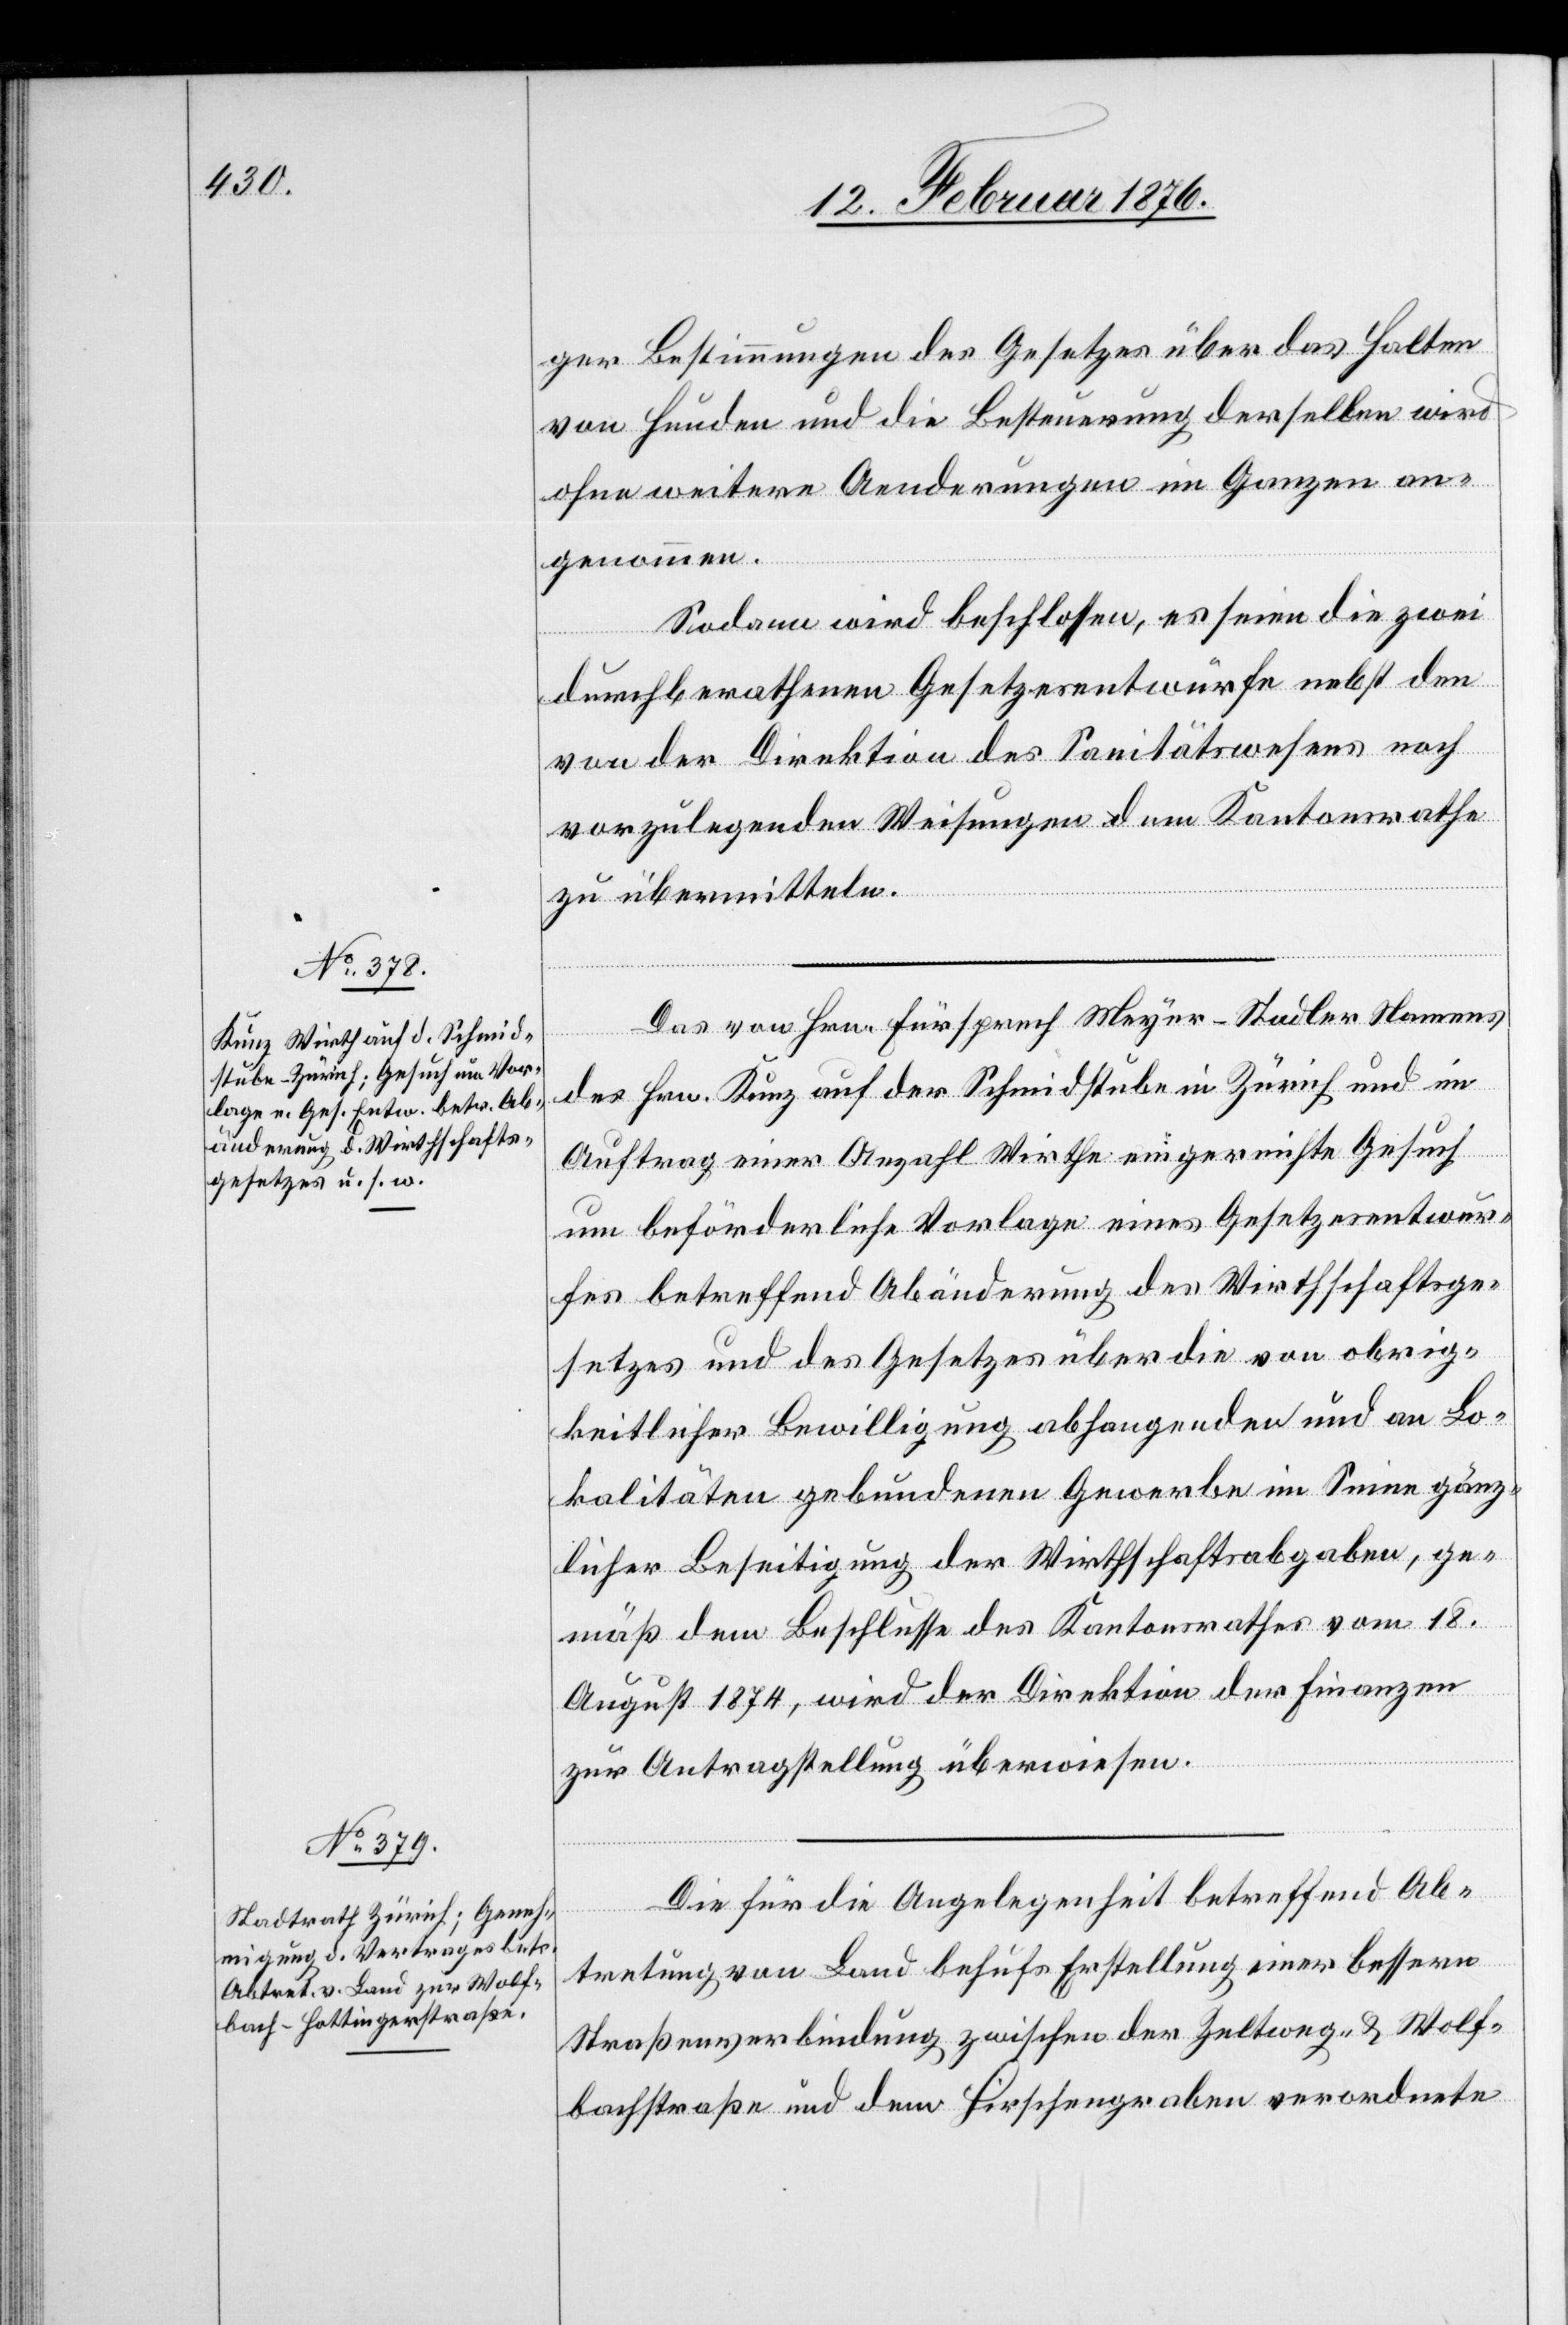
ger Bestimmungen des Gesetzes über das Halten
von Hunden und die Bestimmung derselben wird
ohne weitere Abänderungen im Ganzen an¬
genommen.
Sodann wird beschlossen, es seien die zwei
durchberathenen Gesetzesentwürfe nebst den
von der Direktion des Sanitätswesens noch
vorzulegenden Weisungen dem Kantonsrathe
zu übermitteln.
Das von Hrn. Fürsprech Meyer-Stedler Namens
des Hrn. Kunz auf der Schmidstube in Zürich und im
Auftrag einer Anzahl Wirthe eingereichte Gesuch
um beförderliche Vorlage eines Gesetzesentwur¬
fes betreffend Abänderung des Wirthschaftsge¬
setzes und des Gesetzes über die von obrig¬
keitlicher Bewilligung abhangenden und an Lo¬
kalitäten gebundenen Gewerbe im Sinne gänz¬
licher Beseitigung der Wirthschaftsabgaben, ge¬
mäß dem Beschlusse des Kantonsrathes vom 18.
August 1874, wird der Direktion der Finanzen
zur Antragstellung überwiesen.
Die für die Angelegenheit betreffend Ab¬
tretung von Land behufs Erstellung einer bessern
Straßenverbindung zwischen der Zeltweg- & Wolf¬
bachstraße und dem Hirschengraben verordnete